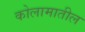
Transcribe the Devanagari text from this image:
कोलामातील